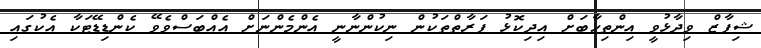
ޝިފާޒް ވިދާޅުވީ އިންތިހާބަށް އިދިކޮޅު ފަރާތްތަކުން ނިކުންނާނީ އެންމެންނަށް އެއްބަސްވެވޭ ކެންޑިޑޭޓަކާ އެކުގައި